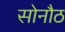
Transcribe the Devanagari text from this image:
सोनौठ